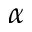
\alpha